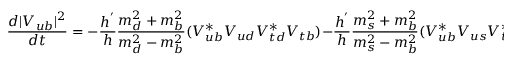
\frac { d | V _ { u b } | ^ { 2 } } { d t } = - \frac { h ^ { ' } } { h } \frac { m _ { d } ^ { 2 } + m _ { b } ^ { 2 } } { m _ { d } ^ { 2 } - m _ { b } ^ { 2 } } ( V _ { u b } ^ { * } V _ { u d } V _ { t d } ^ { * } V _ { t b } ) - \frac { h ^ { ' } } { h } \frac { m _ { s } ^ { 2 } + m _ { b } ^ { 2 } } { m _ { s } ^ { 2 } - m _ { b } ^ { 2 } } ( V _ { u b } ^ { * } V _ { u s } V _ { t s } ^ { * } V _ { t b } ) + \mathrm { c . c } \approx - \frac { 2 h ^ { ' } } { h } | V _ { u b } | ^ { 2 } | V _ { t b } | ^ { 2 } ,